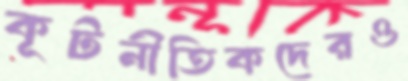
কূটনীতিকদেরও